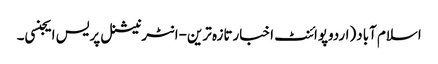
اسلام آباد(اردوپوائنٹ اخبارتازہ ترین-انٹرنیشنل پریس ایجنسی۔